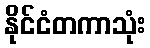
နိုင်ငံတကာသုံး